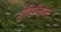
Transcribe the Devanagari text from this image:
प्रोव्हिन्शियल